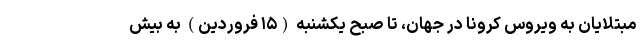
مبتلایان به ویروس کرونا در جهان، تا صبح یکشنبه (۱۵ فروردین) به بیش